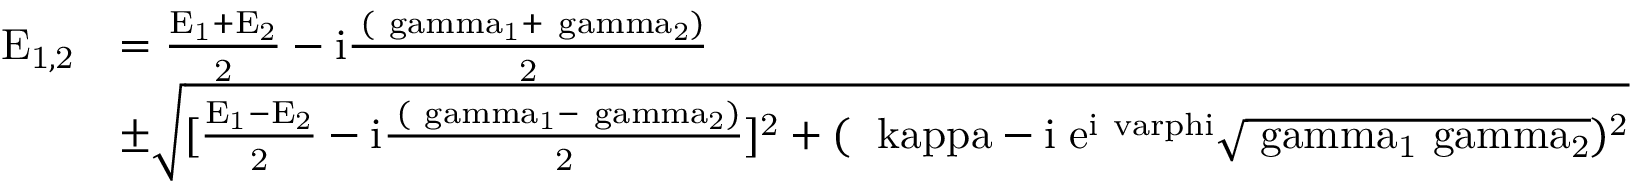
\begin{array} { r l } { \mathrm { E _ { 1 , 2 } } } & { = \mathrm { \frac { E _ { 1 } + E _ { 2 } } { 2 } - i \frac { \hbar { ( \ g a m m a _ { 1 } + \ g a m m a _ { 2 } ) } } { 2 } } } \\ & { \mathrm { \pm \sqrt { [ \frac { E _ { 1 } - E _ { 2 } } { 2 } - i \frac { \hbar ( \ g a m m a _ { 1 } - \ g a m m a _ { 2 } ) } { 2 } ] ^ { 2 } + ( \hbar \ k a p p a - i \hbar e ^ { i \ v a r p h i } \sqrt { \ g a m m a _ { 1 } \ g a m m a _ { 2 } } ) ^ { 2 } } } } \end{array}